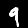
Digit: 9